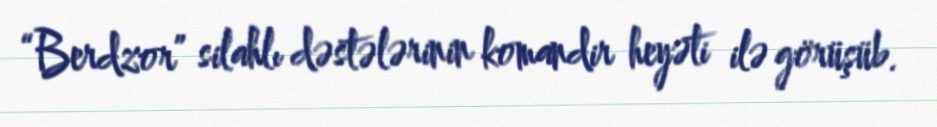
“Berdzor” silahlı dəstələrinin komandir heyəti ilə görüşüb.